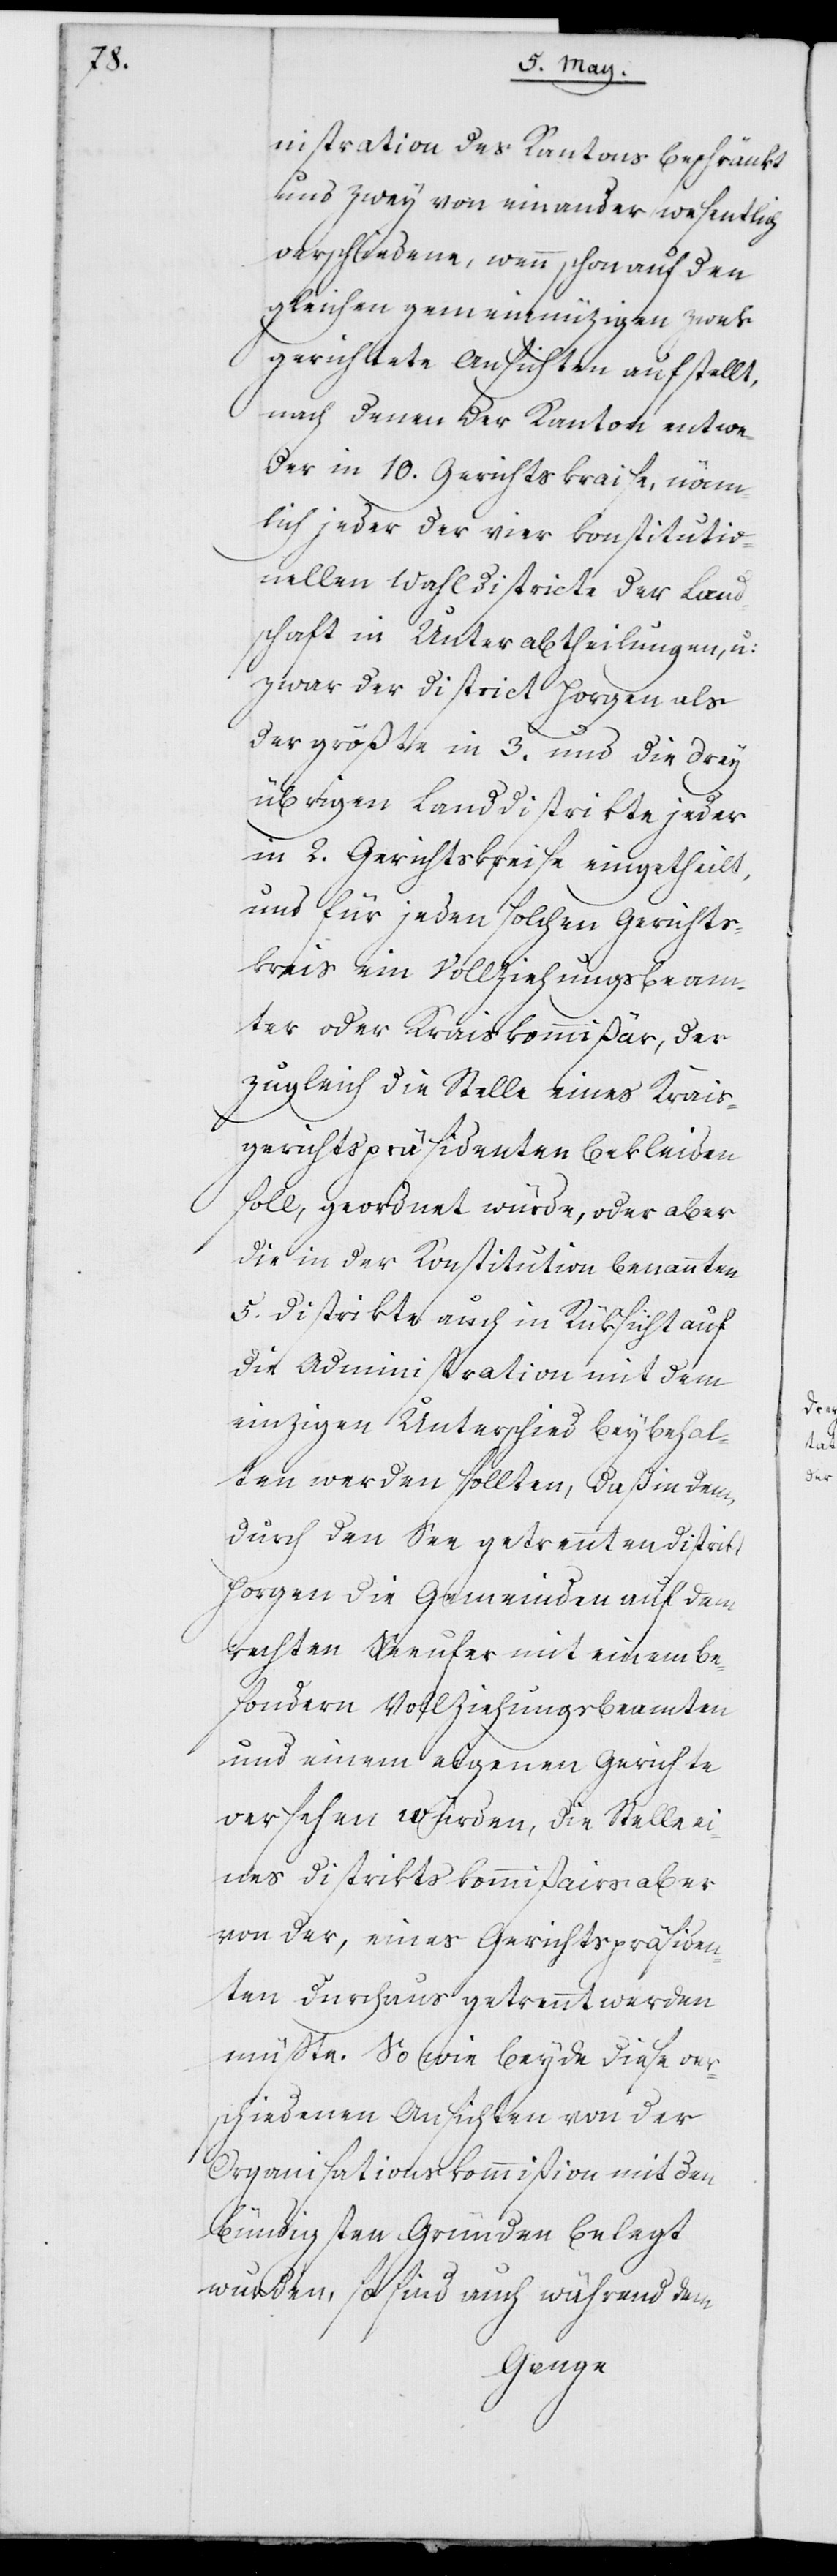
stration des Kantons beschränkt
und zwey von einander wesentlich
verschiedene, wenn schon auf den
gleichen gemeinnüzigen Zwek
gerichtete Ansichten aufstellt,
nach denen der Kanton entwe¬
der in 10. Gerichtskraise, näm¬
lich jeder der vier konstitutio¬
nellen Wahldistricte der Land¬
schaft in Unterabtheilungen, u:
zwar der District Horgen als
der größte in 3. und die drey
übrigen Landdistrikte jeder
in 2. Gerichtskreise eingetheilt,
und für jeden solchen Gerichts¬
kreis ein Vollziehungsbeam¬
ter oder Kraiskommißär, der
zugleich die Stelle eines Krais¬
gerichtspräsidenten bekleiden
soll, geordnet würde, oder aber
die in der Konstitution benannten
5. Distrikte auch in Rüksicht auf
die Administration mit dem
einzigen Unterschied beybehal¬
ten werden sollten, daß in dem,
durch den See getrennten Distrikt
Horgen die Gemeinden auf dem
rechten Seeufer mit einem be¬
sondern Vollziehungsbeamten
und einem eigenen Gerichte
versehen würden, die Stelle
eines Districtskommißairs aber
von der, eines Gerichtspräsiden¬
ten durchaus getrennt werden
müßte. So wie beyde diese ver¬
schiedenen Ansichten von der
Organisationskommißion mit den
bündigsten Gründen belegt
wurden, so sind auch während dem